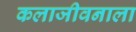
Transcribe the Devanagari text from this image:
कलाजीवनाला